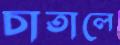
চাতালে